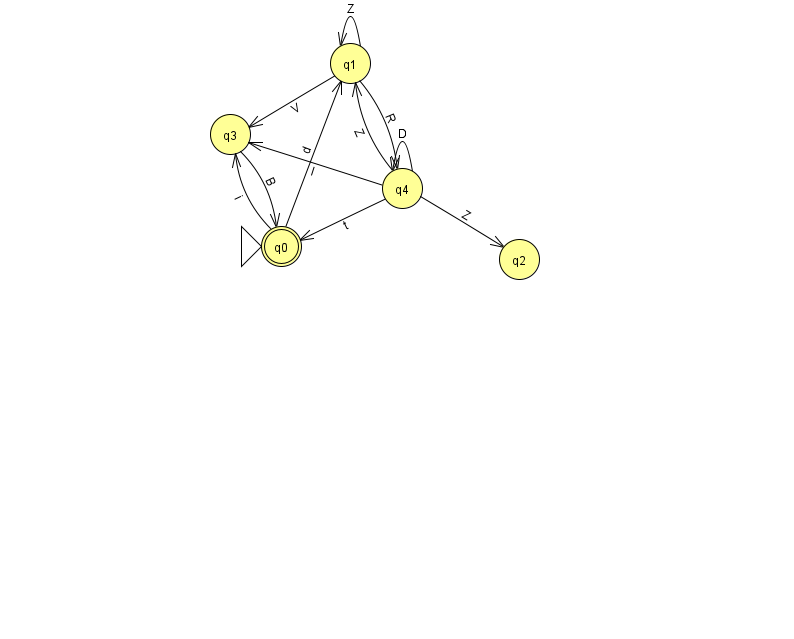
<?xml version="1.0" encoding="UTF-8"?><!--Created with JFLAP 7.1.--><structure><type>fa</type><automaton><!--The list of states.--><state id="0" name="q0"><x>281.0</x><y>233.0</y><initial/><final/></state><state id="1" name="q1"><x>350.0</x><y>50.0</y></state><state id="2" name="q2"><x>519.0</x><y>246.0</y></state><state id="3" name="q3"><x>230.0</x><y>121.0</y></state><state id="4" name="q4"><x>402.0</x><y>175.0</y></state><!--The list of transitions.--><transition><from>4</from><to>4</to><read>D</read></transition><transition><from>0</from><to>3</to><read>i</read></transition><transition><from>1</from><to>4</to><read>R</read></transition><transition><from>4</from><to>2</to><read>Z</read></transition><transition><from>1</from><to>3</to><read>V</read></transition><transition><from>0</from><to>1</to><read>d</read></transition><transition><from>1</from><to>1</to><read>Z</read></transition><transition><from>4</from><to>1</to><read>Z</read></transition><transition><from>3</from><to>0</to><read>B</read></transition><transition><from>4</from><to>0</to><read>t</read></transition><transition><from>4</from><to>3</to><read>I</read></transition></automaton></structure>